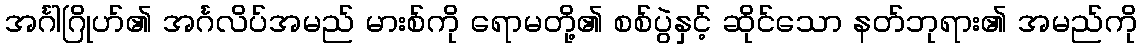
အင်္ဂါဂြိုဟ်၏ အင်္ဂလိပ်အမည် မားစ်ကို ရောမတို့၏ စစ်ပွဲနှင့် ဆိုင်သော နတ်ဘုရား၏ အမည်ကို